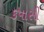
કપાસી